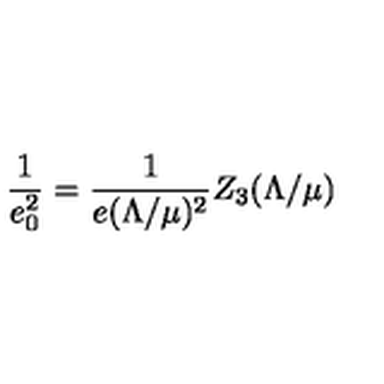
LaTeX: \frac { 1 } { e _ { 0 } ^ { 2 } } = \frac { 1 } { e ( \Lambda / \mu ) ^ { 2 } } Z _ { 3 } ( \Lambda / \mu )